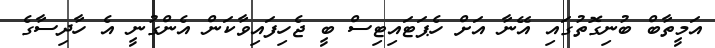
އަމީތާބް ބުނިގޮތުގައި އޭނާ އަށް ހެޕަޓައިޓިސް ބީ ޖެހިފައިވާކަން އެންގުނީ އެ ހާދިސާގެ